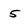
Character: 5